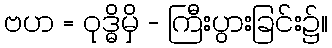
ဗဟ = ဝုဒ္ဓိမှိ - ကြီးပွားခြင်း၌။